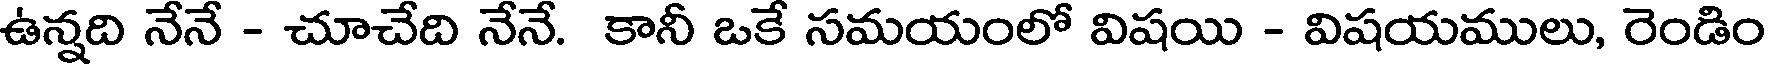
ఉన్నది నేనే - చూచేది నేనే. కానీ ఒకే సమయంలో విషయి - విషయములు, రెండిం